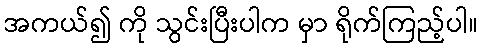
အကယ်၍ ကို သွင်းပြီးပါက မှာ ရိုက်ကြည့်ပါ။